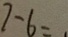
7 - 6 =